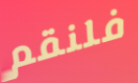
فلنقم